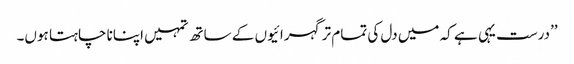
’’درست یہی ہے کہ میں دل کی تمام تر گہرائیوں کے ساتھ تمہیں اپنانا چاہتا ہوں۔